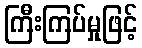
ကြီးကြပ်မှုဖြင့်